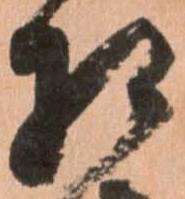
相